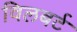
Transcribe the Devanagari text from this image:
विलबर्ट